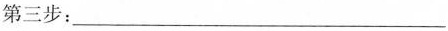
第三步：___